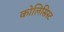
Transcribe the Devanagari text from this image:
कोलिसिस्ट